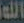
الله